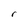
Character: r